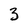
Character: 3